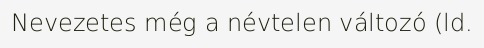
Nevezetes még a névtelen változó (ld.